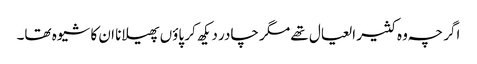
اگر چہ وہ کثیر العیال تھے مگر چادر دیکھ کر پاؤں پھیلانا ان کا شیوہ تھا۔